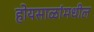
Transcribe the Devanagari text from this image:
होयसाळांमधील